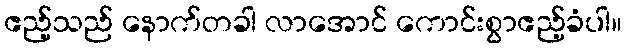
ဧည့်သည် နောက်တခါ လာအောင် ကောင်းစွာဧည့်ခံပါ။